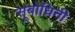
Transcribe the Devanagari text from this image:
सूबोधिनी